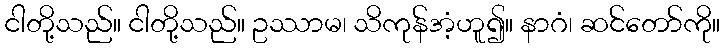
ငါတို့သည်။ ငါတို့သည်။ ဥဿာမ၊ သိကုန်အံ့ဟူ၍။ နာဂံ၊ ဆင်တော်ကို။